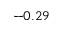
- 0 . 2 9